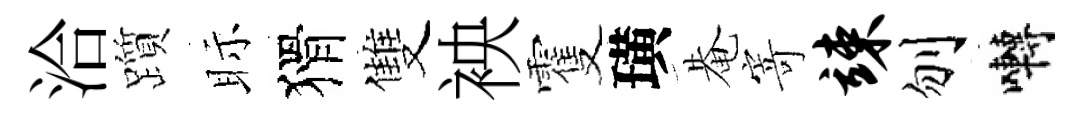
洽躓眎猾雙䘧䨥璜𤲅寄竦刎囀